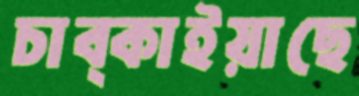
চাব্‌কাইয়াছে